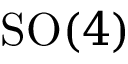
\mathrm { S O } ( 4 )